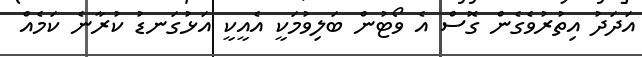
އަދަދު އިތުރުވެގެން ގޮސް އެ ވޯޓުން ބަލިވުމަކީ އެއީކީ އަޅުގަނޑު ކުރާނެ ކަމެއް